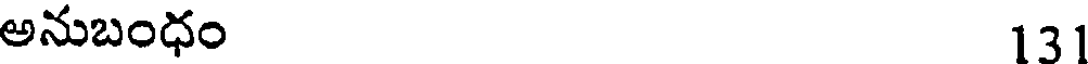
అనుబంధం 131